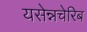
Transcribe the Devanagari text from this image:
यसेन्नचेरिब